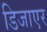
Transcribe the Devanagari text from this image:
डिजाएर